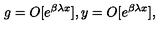
\, g = O [ e ^ { \beta \lambda x } ] , y = O [ e ^ { \beta \lambda x } ] ,